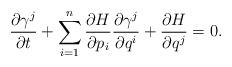
LaTeX: \begin{align*} \frac{\partial \gamma^j}{\partial t}+\sum_{i=1}^n \frac{\partial H}{\partial p_i}\frac{\partial \gamma^j}{\partial q^i}+\frac{\partial H}{\partial q^j}=0.\end{align*}